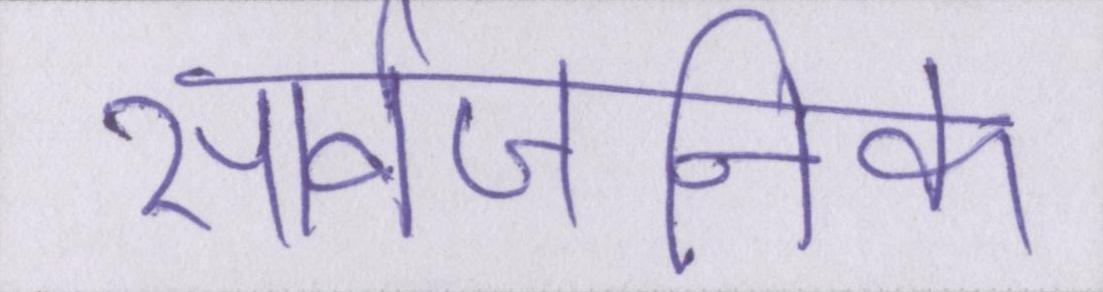
सार्वजनिक